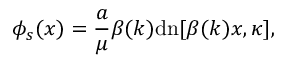
\phi _ { s } ( x ) = \frac { a } { \mu } \beta ( k ) \mathrm { d n } [ \beta ( k ) x , \kappa ] ,